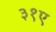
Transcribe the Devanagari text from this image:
३१ए